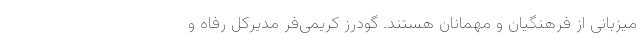
میزبانی از فرهنگیان و مهمانان هستند. گودرز کریمی‌فر مدیرکل رفاه و